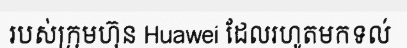
របស់ក្រុមហ៊ុន Huawei ដែលរហូតមកទល់